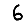
Digit: 6